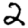
Digit: 2